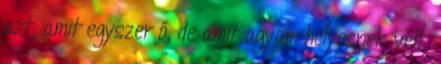
azt, amit egyszer ő, de amit agyam helyesnek vélt,